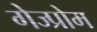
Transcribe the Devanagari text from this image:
गेज्प्रोम